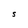
Character: S